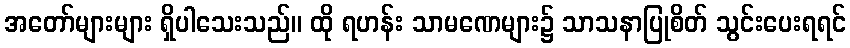
အတော်များများ ရှိပါသေးသည်။ ထို ရဟန်း သာမဏေများ၌ သာသနာပြုစိတ် သွင်းပေးရရင်